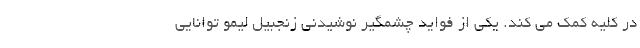
در کلیه کمک می کند. یکی از فواید چشمگیر نوشیدنی زنجبیل لیمو توانایی